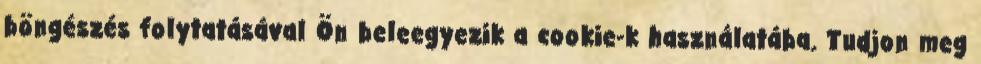
böngészés folytatásával Ön beleegyezik a cookie-k használatába. Tudjon meg